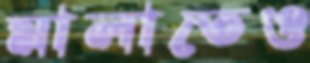
মালাতেও